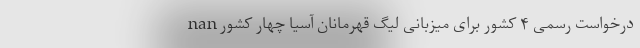
nan درخواست رسمی ۴ کشور برای میزبانی لیگ قهرمانان آسیا چهار کشور